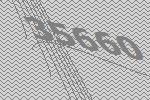
35660